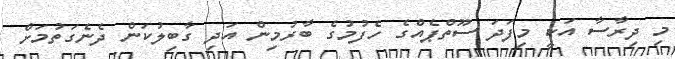
މި ދިރާސާ އަކީ މިފަދަ ސޫތްޕެއްގެ ހެފުމުގެ ބާރުމިން އަދި ގާބިލުކަން ދެނެގަތުމަށް